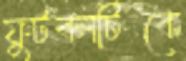
ফুটবলটিকে